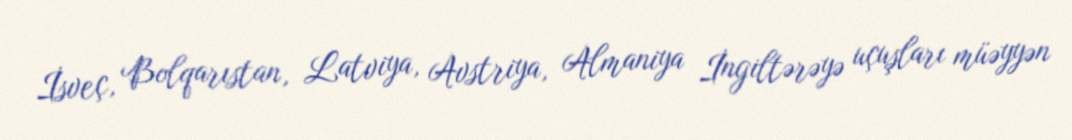
İsveç, Bolqarıstan, Latviya, Avstriya, Almaniya İngiltərəyə uçuşları müəyyən